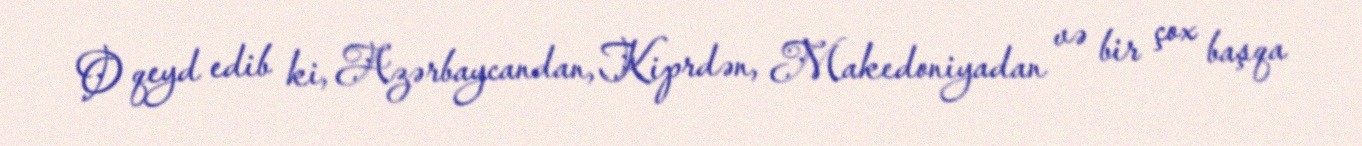
O qeyd edib ki, Azərbaycandan, Kiprdən, Makedoniyadan və bir çox başqa